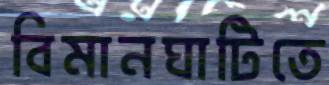
বিমানঘাটিতে